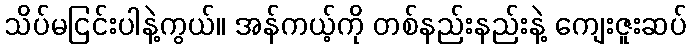
သိပ်မငြင်းပါနဲ့ကွယ်။ အန်ကယ့်ကို တစ်နည်းနည်းနဲ့ ကျေးဇူးဆပ်